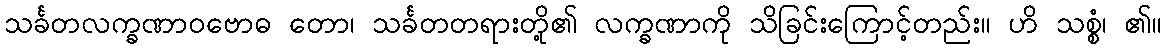
သင်္ခတလက္ခဏာဝဗောဓ တော၊ သင်္ခတတရားတို့၏ လက္ခဏာကို သိခြင်းကြောင့်တည်း။ ဟိ သစ္စံ၊ ၏။